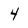
Character: 4